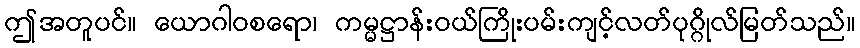
ဤအတူပင်။ ယောဂါဝစရော၊ ကမ္မဋ္ဌာန်းဝယ်ကြိုးပမ်းကျင့်လတ်ပုဂ္ဂိုလ်မြတ်သည်။